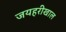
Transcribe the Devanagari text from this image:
जयहरीखाल